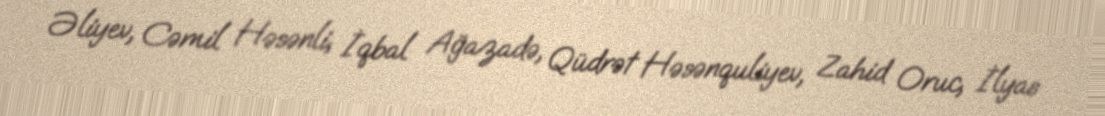
Əliyev, Cəmil Həsənli, İqbal Ağazadə, Qüdrət Həsənquliyev, Zahid Oruc, İlyas